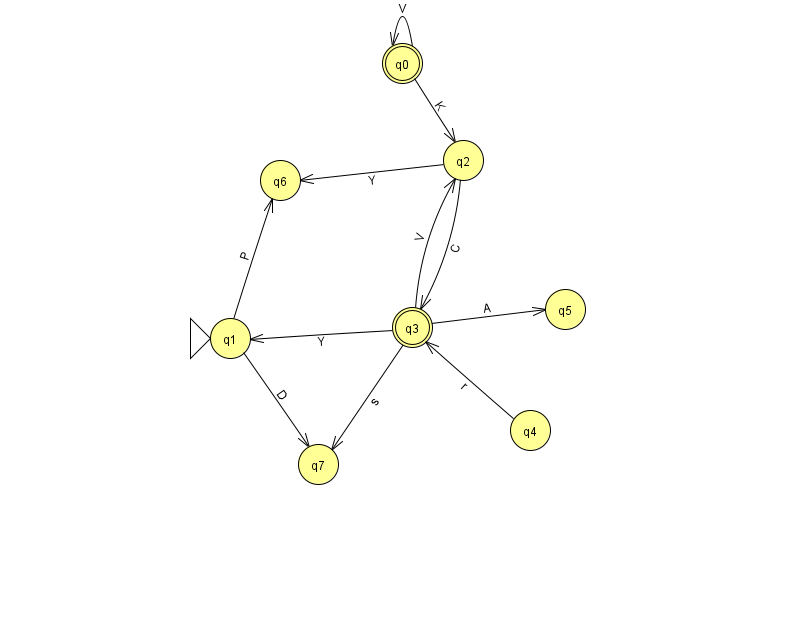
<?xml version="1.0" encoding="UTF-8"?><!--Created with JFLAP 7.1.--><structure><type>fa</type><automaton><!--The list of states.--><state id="0" name="q0"><x>402.0</x><y>50.0</y><final/></state><state id="1" name="q1"><x>230.0</x><y>325.0</y><initial/></state><state id="2" name="q2"><x>463.0</x><y>147.0</y></state><state id="3" name="q3"><x>412.0</x><y>314.0</y><final/></state><state id="4" name="q4"><x>530.0</x><y>417.0</y></state><state id="5" name="q5"><x>565.0</x><y>296.0</y></state><state id="6" name="q6"><x>280.0</x><y>167.0</y></state><state id="7" name="q7"><x>318.0</x><y>451.0</y></state><!--The list of transitions.--><transition><from>1</from><to>6</to><read>P</read></transition><transition><from>3</from><to>2</to><read>V</read></transition><transition><from>4</from><to>3</to><read>r</read></transition><transition><from>3</from><to>7</to><read>s</read></transition><transition><from>0</from><to>0</to><read>V</read></transition><transition><from>1</from><to>7</to><read>D</read></transition><transition><from>2</from><to>3</to><read>C</read></transition><transition><from>2</from><to>6</to><read>Y</read></transition><transition><from>3</from><to>5</to><read>A</read></transition><transition><from>0</from><to>2</to><read>K</read></transition><transition><from>3</from><to>1</to><read>Y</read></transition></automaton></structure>